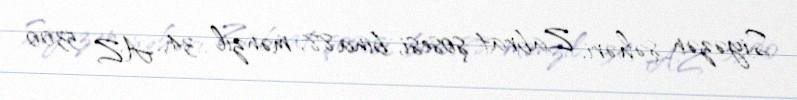
Siyəzən şəhəri, Zabrat şosesi, bina 88, mənzil 34, AZ 5300